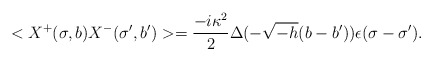
\begin{align*}<X^{+}(\sigma ,b)X^{-}(\sigma ' , b')>=\frac{-i\kappa ^{2}}{2}\Delta (-\sqrt{-h}(b-b'))\epsilon (\sigma -\sigma ').\end{align*}